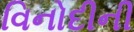
વિનોદીની